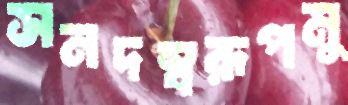
সনদস্বরূপমু